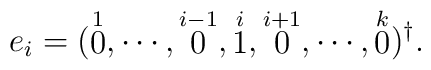
e_i=(\stackrel{1}{0},\cdots,\stackrel{i-1}{0},\stackrel{i}{1},\stackrel{i+1}{0},\cdots,\stackrel{k}{0})^\dag.